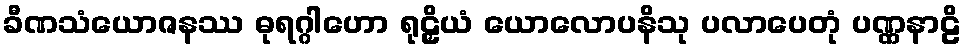
ခီဏသံယောဇနဿ ဓုရဂ္ဂါဟော ရုဠှိယံ ယောလောပနိသု ပလာပေတုံ ပဏ္ဏနာဠိ